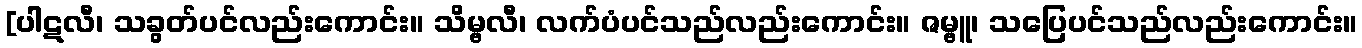
[ပါဋလီ၊ သခွတ်ပင်လည်းကောင်း။ သိမ္ဗလီ၊ လက်ပံပင်သည်လည်းကောင်း။ ဇမ္ဗူ၊ သပြေပင်သည်လည်းကောင်း။